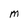
Character: M